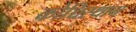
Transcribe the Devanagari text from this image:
कोच्चिस्थान